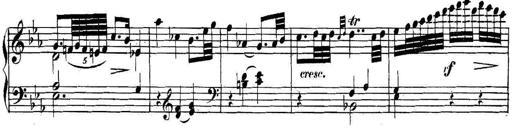
Title: Collected Piano Sonatas
Composer: Muzio Clementi